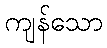
ကျန်သော